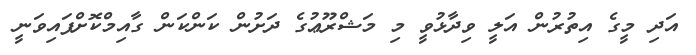
އަދި މީގެ އިތުރުން އަލީ ވިދާޅުވީ މި މަޝްރޫޢުގެ ދަށުން ކަންކަން ގާއިމްކޮށްފައިވަނީ